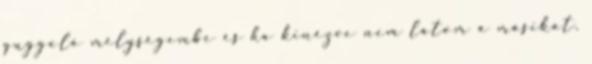
guggoló mélységembe és ha kinézve nem látom a másikat.